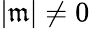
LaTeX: |\mathfrak{m}|\ne0